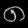
Digit: ၈